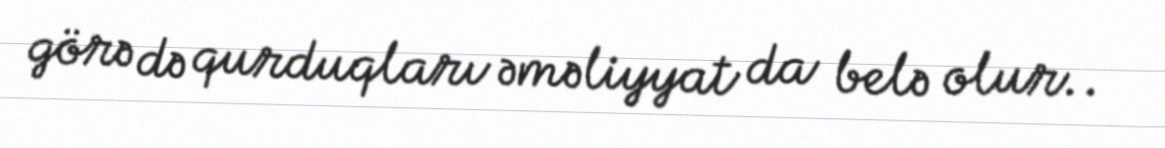
görə də qurduqları əməliyyat da belə olur..